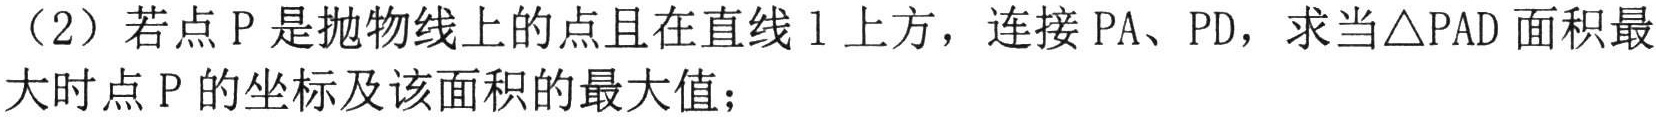
（2）若点\(P\)是抛物线上的点且在直线\(l\)上方，连接\(PA\)、\(PD\)，求当\(\triangle PAD\)面积最大时点\(P\)的坐标及该面积的最大值；